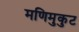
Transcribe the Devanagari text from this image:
मणिमुकुट